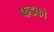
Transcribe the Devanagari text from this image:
फडको